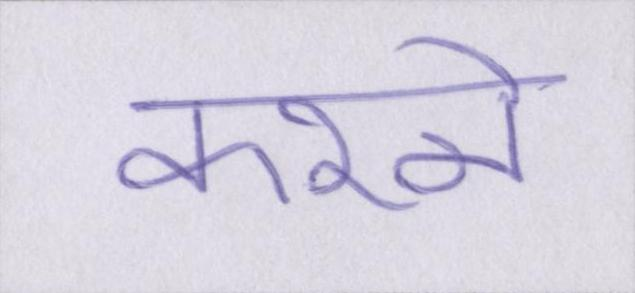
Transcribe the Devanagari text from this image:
करने